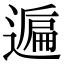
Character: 𨖠